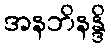
အနဘိနန္ဒိ